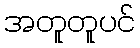
အတူတူပင်